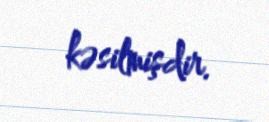
kəsilmişdir.